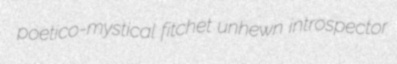
poetico-mystical fitchet unhewn introspector